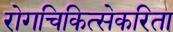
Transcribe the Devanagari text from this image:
रोगचिकित्सेकरिता